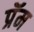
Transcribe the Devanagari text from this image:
प्रॅम